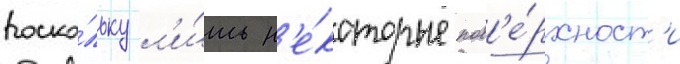
поско́льку л'и́шь н'е́которые пов'е́рхност'и